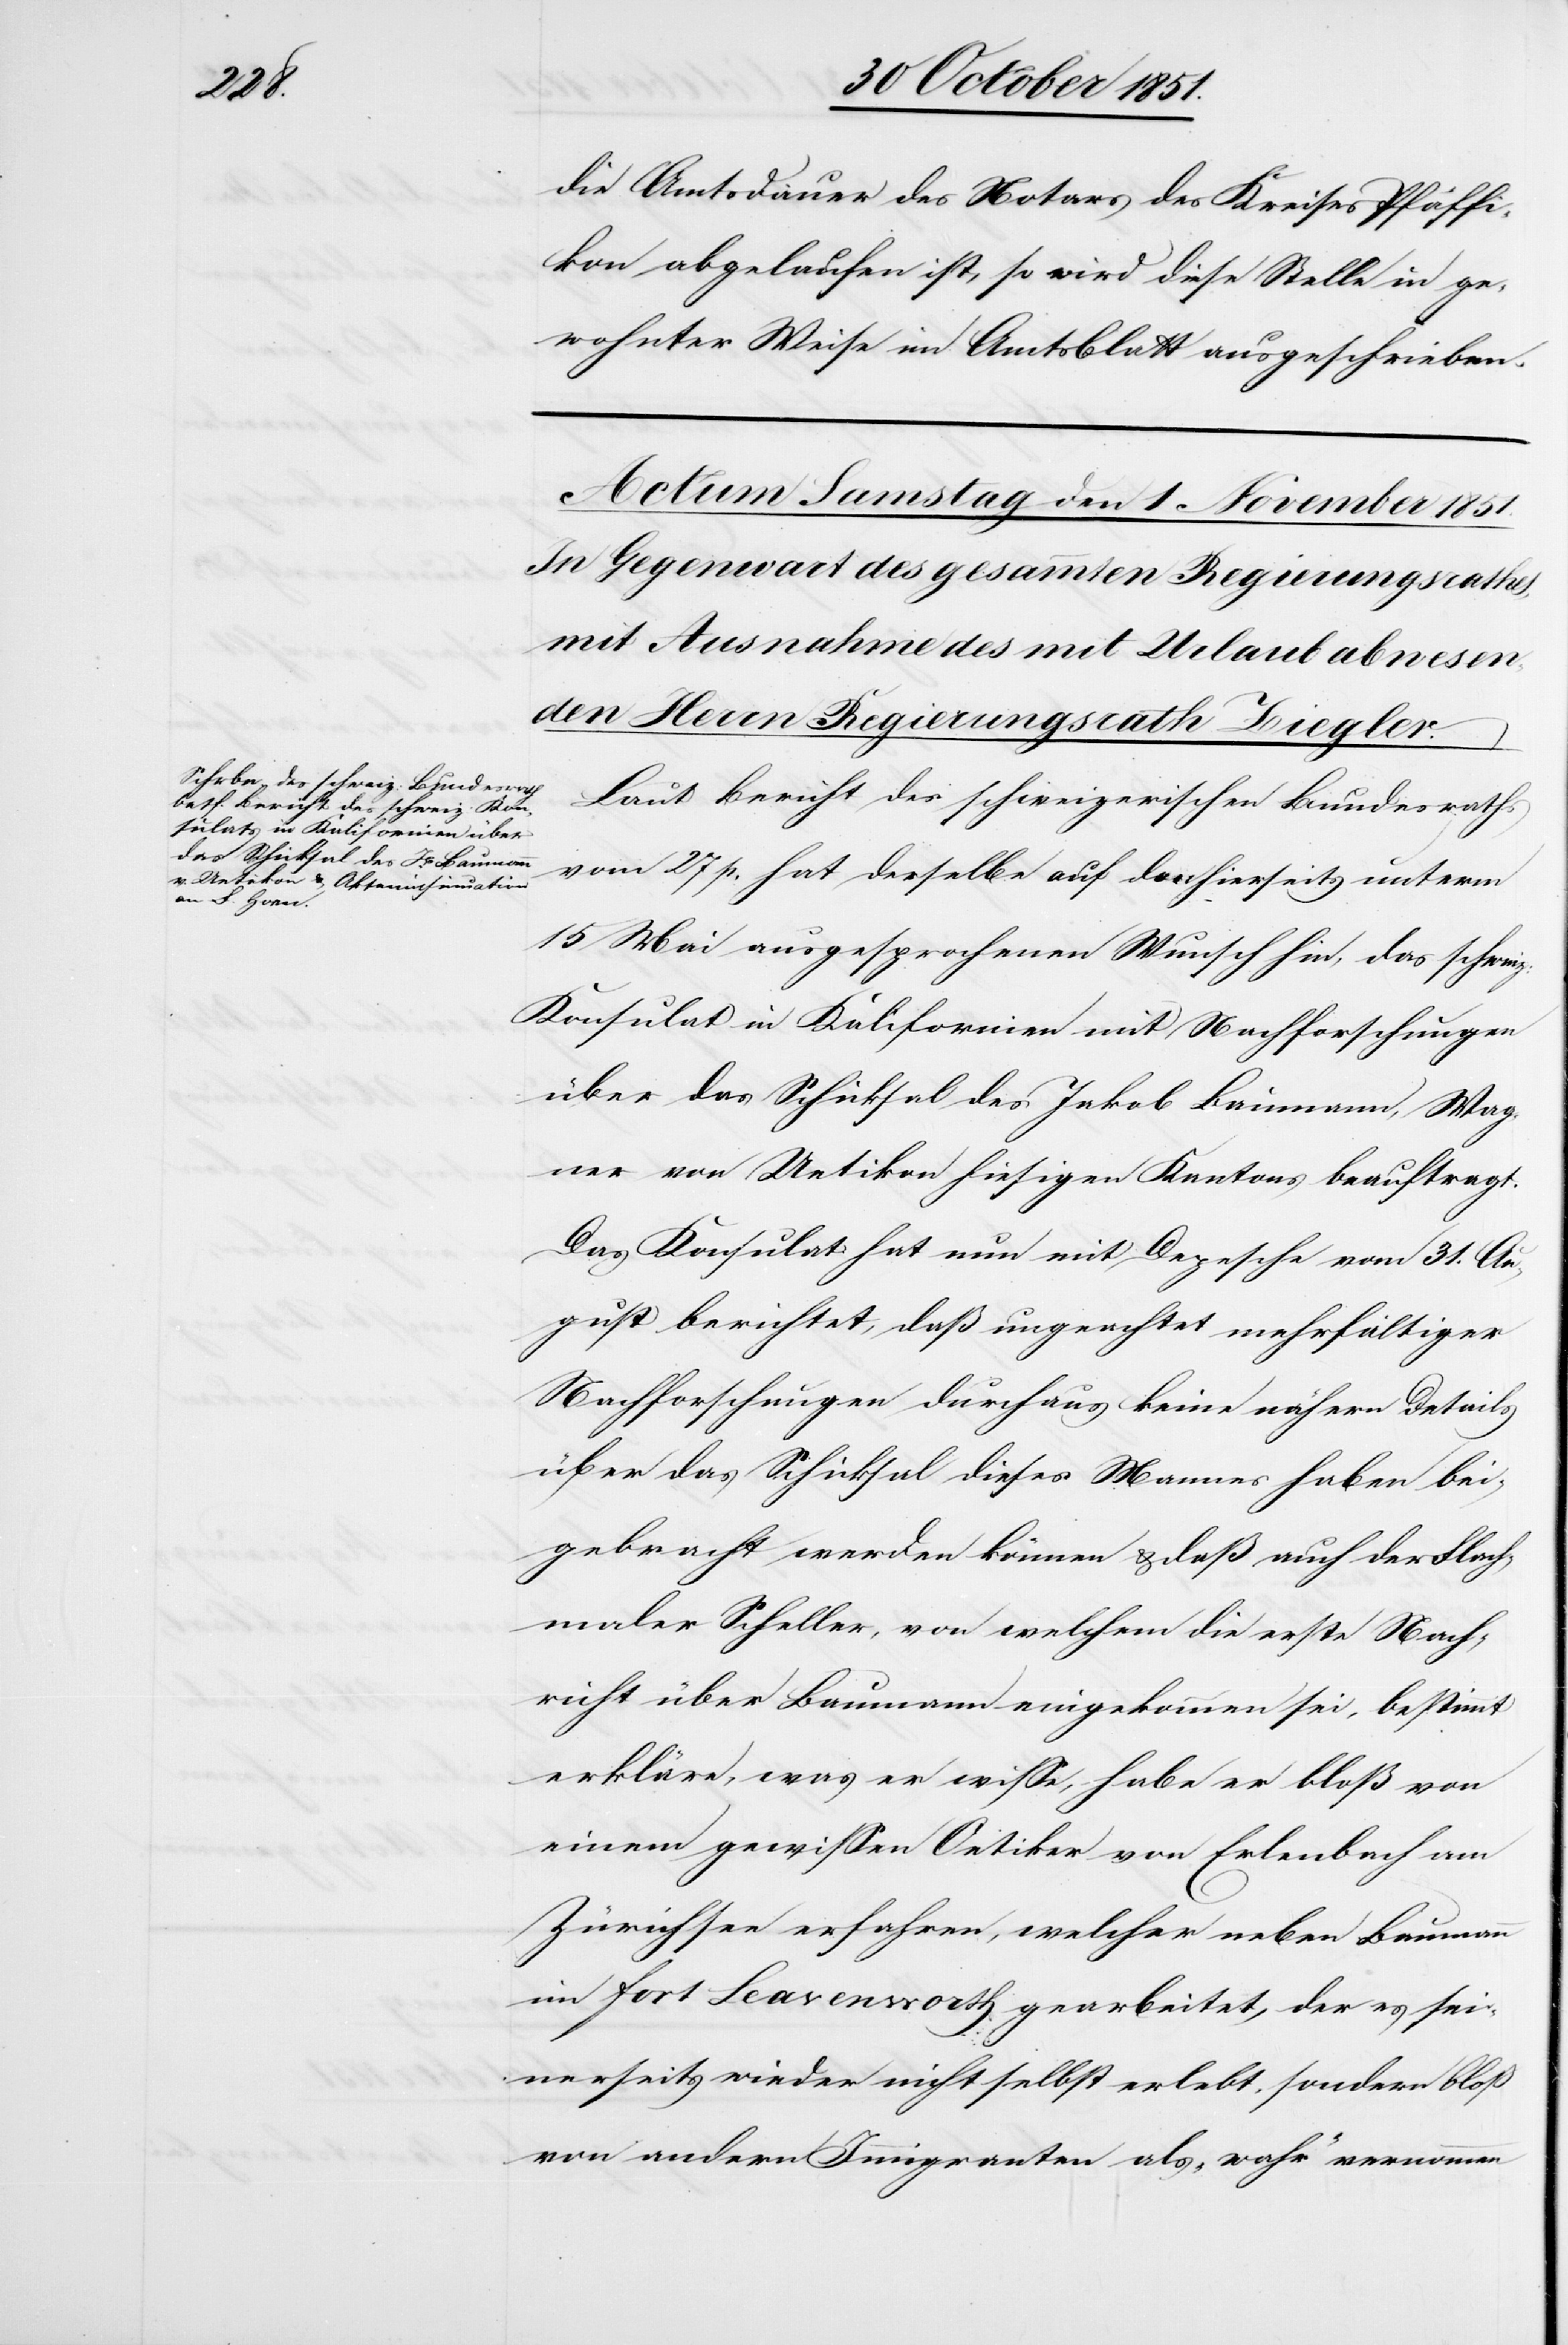
die Amtsdauer des Notars des Kreises Pfäffi¬
kon abgelaufen ist, so wird diese Stelle in ge¬
wohnter Weise im Amtsblatt ausgeschrieben.
Laut Bericht des schweizerischen Bundesraths
vom 27 p. hat derselbe auf den hierseits unterm
15 Mai ausgesprochenen Wunsch hin, das schweiz:
Konsulat in Kalifornien mit Nachforschungen
über das Schicksal des Jakob Baumann, Wag¬
ner von Uetikon hiesigen Kantons beauftragt.
Das Konsulat hat nun mit Depesche vom 31. Au¬
gust berichtet, daß ungeachtet mehrfältiger
Nachforschungen durchaus keine nähern Details
über das Schicksal dieses Mannes haben bei¬
gebracht werden können & daß auch der Flach¬
maler Scheller, von welchem die erste Nach¬
richt über Baumann eingekommen sei, bestimmt
erkläre, was er wisse, habe er bloß von
einem gewissen Oetiker von Erlenbach am
Zürichsee erfahren, welcher neben Baumann
im Fort Leavenworth gearbeitet, der es sei¬
nerseits wieder nicht selbst erlebt, sondern bloß
von andern Immigranten als „wahr“ vernommen